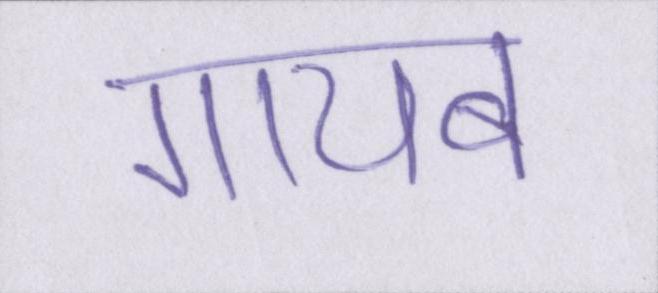
गायब